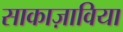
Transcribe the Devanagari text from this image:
साकाज़ाविया